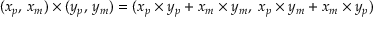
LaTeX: ( x _ { p } , \, x _ { m } ) \times ( y _ { p } , \, y _ { m } ) = ( x _ { p } \times y _ { p } + x _ { m } \times y _ { m } , \; x _ { p } \times y _ { m } + x _ { m } \times y _ { p } )